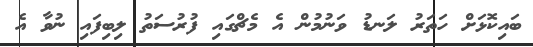
ބައިކޮޅަށް ހަތަރު ލަނޑު ވަނުމުން އެ މެޗްގައި ފުރުސަތު ލިބިފައި ނުވާ އެ